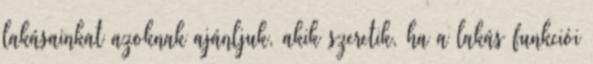
lakásainkat azoknak ajánljuk, akik szeretik, ha a lakás funkciói